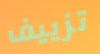
تزييف